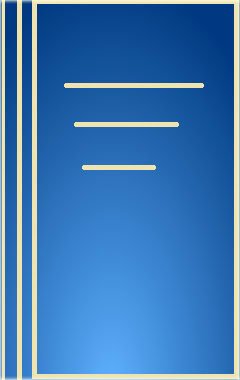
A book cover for Photoinduced Electron Transfer II (Topics in Current Chemistry); Science & Math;